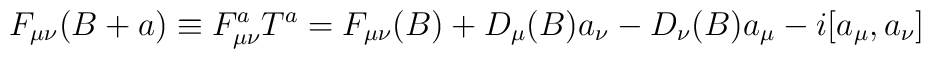
F_{\mu \nu} (B+a) \equiv F_{\mu\nu}^a T^a = F_{\mu\nu} (B) +D_{\mu}(B) a_{\nu} - D_{\nu}(B) a_{\mu} - i [a_{\mu}, a_{\nu}]